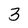
Character: 3